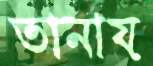
তানায়